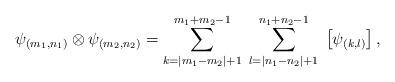
LaTeX: \begin{align*}\psi_{(m_{1},n_{1})}\otimes \psi_{(m_{2},n_{2})}=\sum_{k=|m_{1}-m_{2}|+1}^{m_{1}+m_{2}-1}\;\sum_{l=|n_{1}-n_{2}|+1}^{n_{1}+n_{2}-1}\;\left[ \psi_{(k,l)} \right],\end{align*}